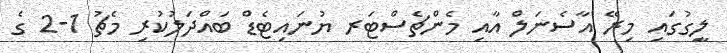
ލީގުގައި މިރޭ އާސެނަލް އާއި މެންޗެސްޓަރ ޔުނައިޓެޑް ބައްދަލުކުރި މެޗު 1-2 ގެ